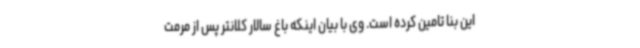
این بنا تامین کرده است. وی با بیان اینکه باغ سالار کلانتر پس از مرمت